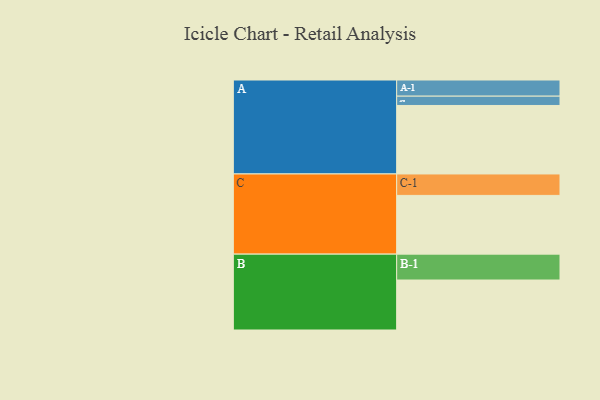
{"axis": {"x": "Segment", "y": "Value"}, "legend": ["", "A", "B", "C"], "data": [{"x": "A", "y": 492, "type": ""}, {"x": "B", "y": 359, "type": ""}, {"x": "C", "y": 422, "type": ""}, {"x": "A-1", "y": 116, "type": "A"}, {"x": "A-2", "y": 67, "type": "A"}, {"x": "B-1", "y": 186, "type": "B"}, {"x": "C-1", "y": 154, "type": "C"}]}